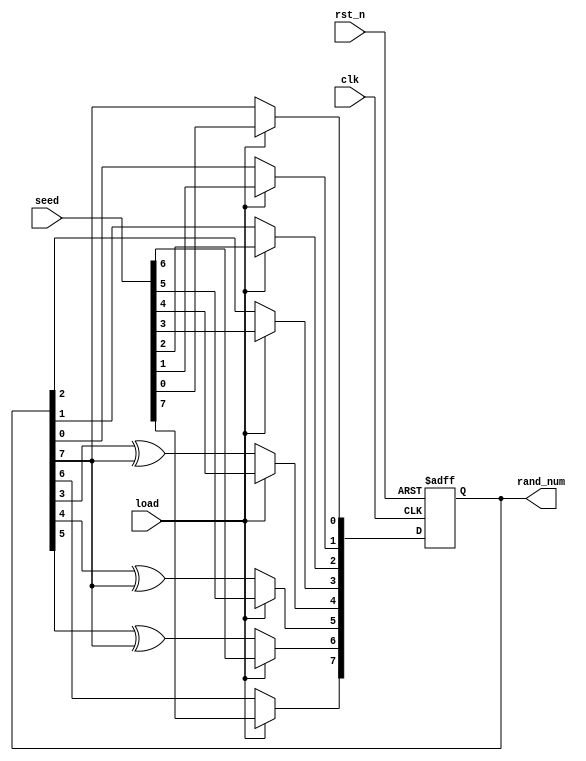
module RanGen(                                                               
    input               rst_n,    /*rst_n is necessary to prevet locking up*/
    input               clk,      /*clock signal*/                           
    input               load,     /*load seed to rand_num,active high */     
    input      [7:0]    seed,                                                
    output reg [7:0]    rand_num  /*random number output*/                   
);                                                                           
                                                                             
                                                                             
always@(posedge clk or negedge rst_n)                                        
begin                                                                        
    if(!rst_n)                                                               
        rand_num    <=8'b0;                                                  
    else if(load)                                                            
        rand_num <=seed;    /*load the initial value when load is active*/   
    else                                                                     
        begin                                                                
            rand_num[0] <= rand_num[7];                                      
            rand_num[1] <= rand_num[0];                                      
            rand_num[2] <= rand_num[1];                                      
            rand_num[3] <= rand_num[2];                                      
            rand_num[4] <= rand_num[3]^rand_num[7];                          
            rand_num[5] <= rand_num[4]^rand_num[7];                          
            rand_num[6] <= rand_num[5]^rand_num[7];                          
            rand_num[7] <= rand_num[6];                                      
        end                                                                  
                                                                             
end                                                                          
endmodule